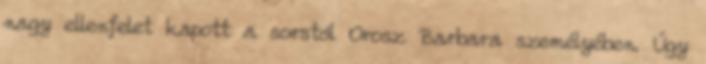
nagy ellenfelet kapott a sorstól Orosz Barbara személyében. Úgy